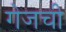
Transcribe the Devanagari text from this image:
गेजची